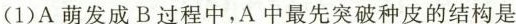
(1)A萌发成B过程中，A中最先突破种皮的结构是